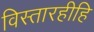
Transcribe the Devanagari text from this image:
विस्तारहीहि